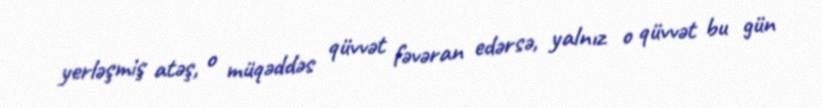
yerləşmiş atəş, o müqəddəs qüvvət fəvəran edərsə, yalnız o qüvvət bu gün